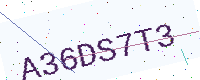
Text: A36DS7T3